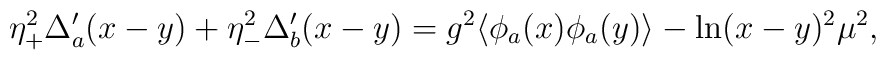
\eta_+^2\Delta_a'(x-y)+\eta_-^2\Delta_b'(x-y) = g^2\langle\phi_a(x)\phi_a(y)\rangle - \ln(x-y)^2\mu^2,